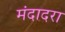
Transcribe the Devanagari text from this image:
मंदादरा